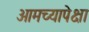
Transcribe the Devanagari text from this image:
आमच्यापेक्षा